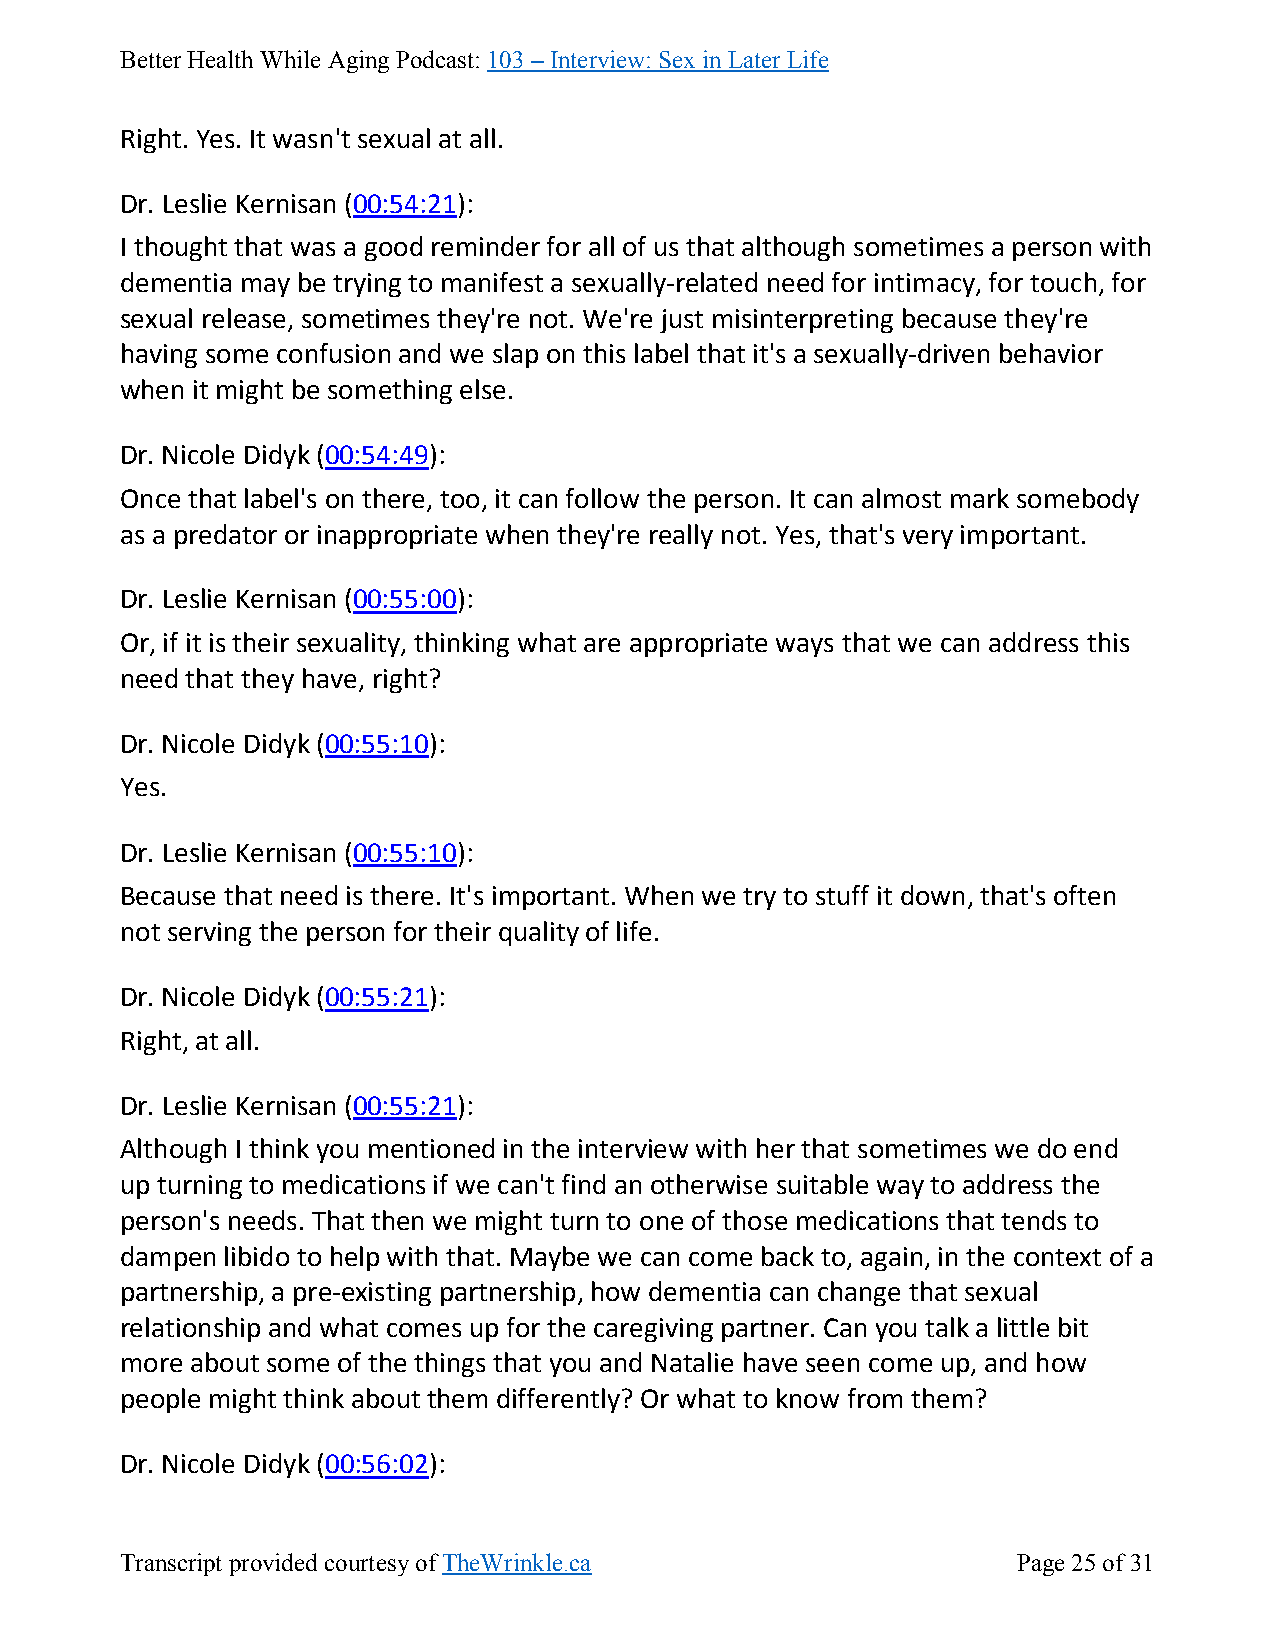
Better Health While Aging Podcast: 103 – Interview: Sex in Later Life
 Right. Yes. It wasn't sexual at all.
 Dr. Leslie Kernisan (00:54:21):
 I thought that was a good reminder for all of us that although sometimes a person with
 dementia may be trying to manifest a sexually-related need for intimacy, for touch, for
 sexual release, sometimes they're not. We're just misinterpreting because they're
 having some confusion and we slap on this label that it's a sexually-driven behavior
 when it might be something else.
 Dr. Nicole Didyk (00:54:49):
 Once that label's on there, too, it can follow the person. It can almost mark somebody
 as a predator or inappropriate when they're really not. Yes, that's very important.
 Dr. Leslie Kernisan (00:55:00):
 Or, if it is their sexuality, thinking what are appropriate ways that we can address this
 need that they have, right?
 Dr. Nicole Didyk (00:55:10):
 Yes.
 Dr. Leslie Kernisan (00:55:10):
 Because that need is there. It's important. When we try to stuff it down, that's often
 not serving the person for their quality of life.
 Dr. Nicole Didyk (00:55:21):
 Right, at all.
 Dr. Leslie Kernisan (00:55:21):
 Although I think you mentioned in the interview with her that sometimes we do end
 up turning to medications if we can't find an otherwise suitable way to address the
 person's needs. That then we might turn to one of those medications that tends to
 dampen libido to help with that. Maybe we can come back to, again, in the context of a
 partnership, a pre-existing partnership, how dementia can change that sexual
 relationship and what comes up for the caregiving partner. Can you talk a little bit
 more about some of the things that you and Natalie have seen come up, and how
 people might think about them differently? Or what to know from them?
 Dr. Nicole Didyk (00:56:02):
 Transcript provided courtesy of TheWrinkle.ca              Page 25 of 31